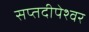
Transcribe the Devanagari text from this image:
सप्तदीपेश्वर